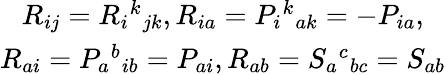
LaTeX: \begin{array}{c}{{R_{ij}=R_{i}{}^{k}{}_{jk},R_{ia}=P_{i}{}^{k}{}_{ak}=-P_{ia},}}\\ {{R_{ai}=P_{a}{}^{b}{}_{ib}=P_{ai},R_{ab}=S_{a}{}^{c}{}_{bc}=S_{ab}}}\end{array}